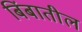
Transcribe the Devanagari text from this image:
बिंबातील